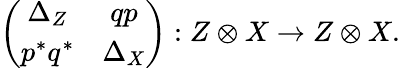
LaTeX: \left(\begin{array}{cc}{{\Delta_{Z}}}&{{qp}}\\ {{p^{*}q^{*}}}&{{\Delta_{X}}}\end{array}\right):Z\otimes X\to Z\otimes X.